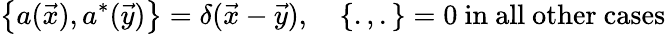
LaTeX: \left\{ a(\vec{x}),a^{*}(\vec{y})\right\} =\delta(\vec{x}-\vec{y}),\quad\left\{ .,.\right\} =0\mathrm{~in~all~other~cases}